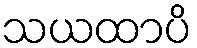
သယထာပိ